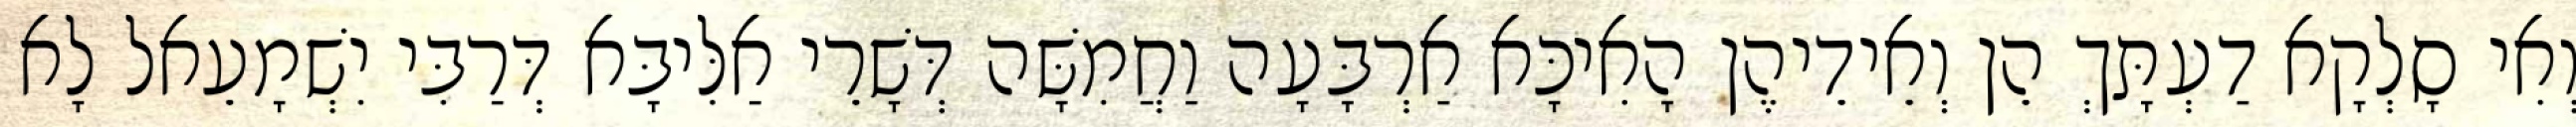
וְאִי סָלְקָא דַעְתָּךְ הֵן וְאֵידֵיהֶן הָאִיכָּא אַרְבָּעָה וַחֲמִשָּׁה דְּשָׁרֵי אַלִּיבָּא דְּרַבִּי יִשְׁמָעֵאל לָא